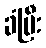
ခံပြီး